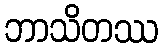
ဘာသိတဿ